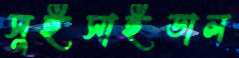
সুইসাইডাল